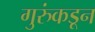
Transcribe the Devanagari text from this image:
गुरुंकडून